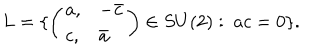
LaTeX: L = \{ \left( \begin{array} { l l } { { a , } } & { { - \bar { c } } } \\ { { c , } } & { { \bar { a } } } \\ \end{array} \right) \in S U ( 2 ) : \ a c = 0 \} .